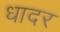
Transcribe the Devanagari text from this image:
धादर